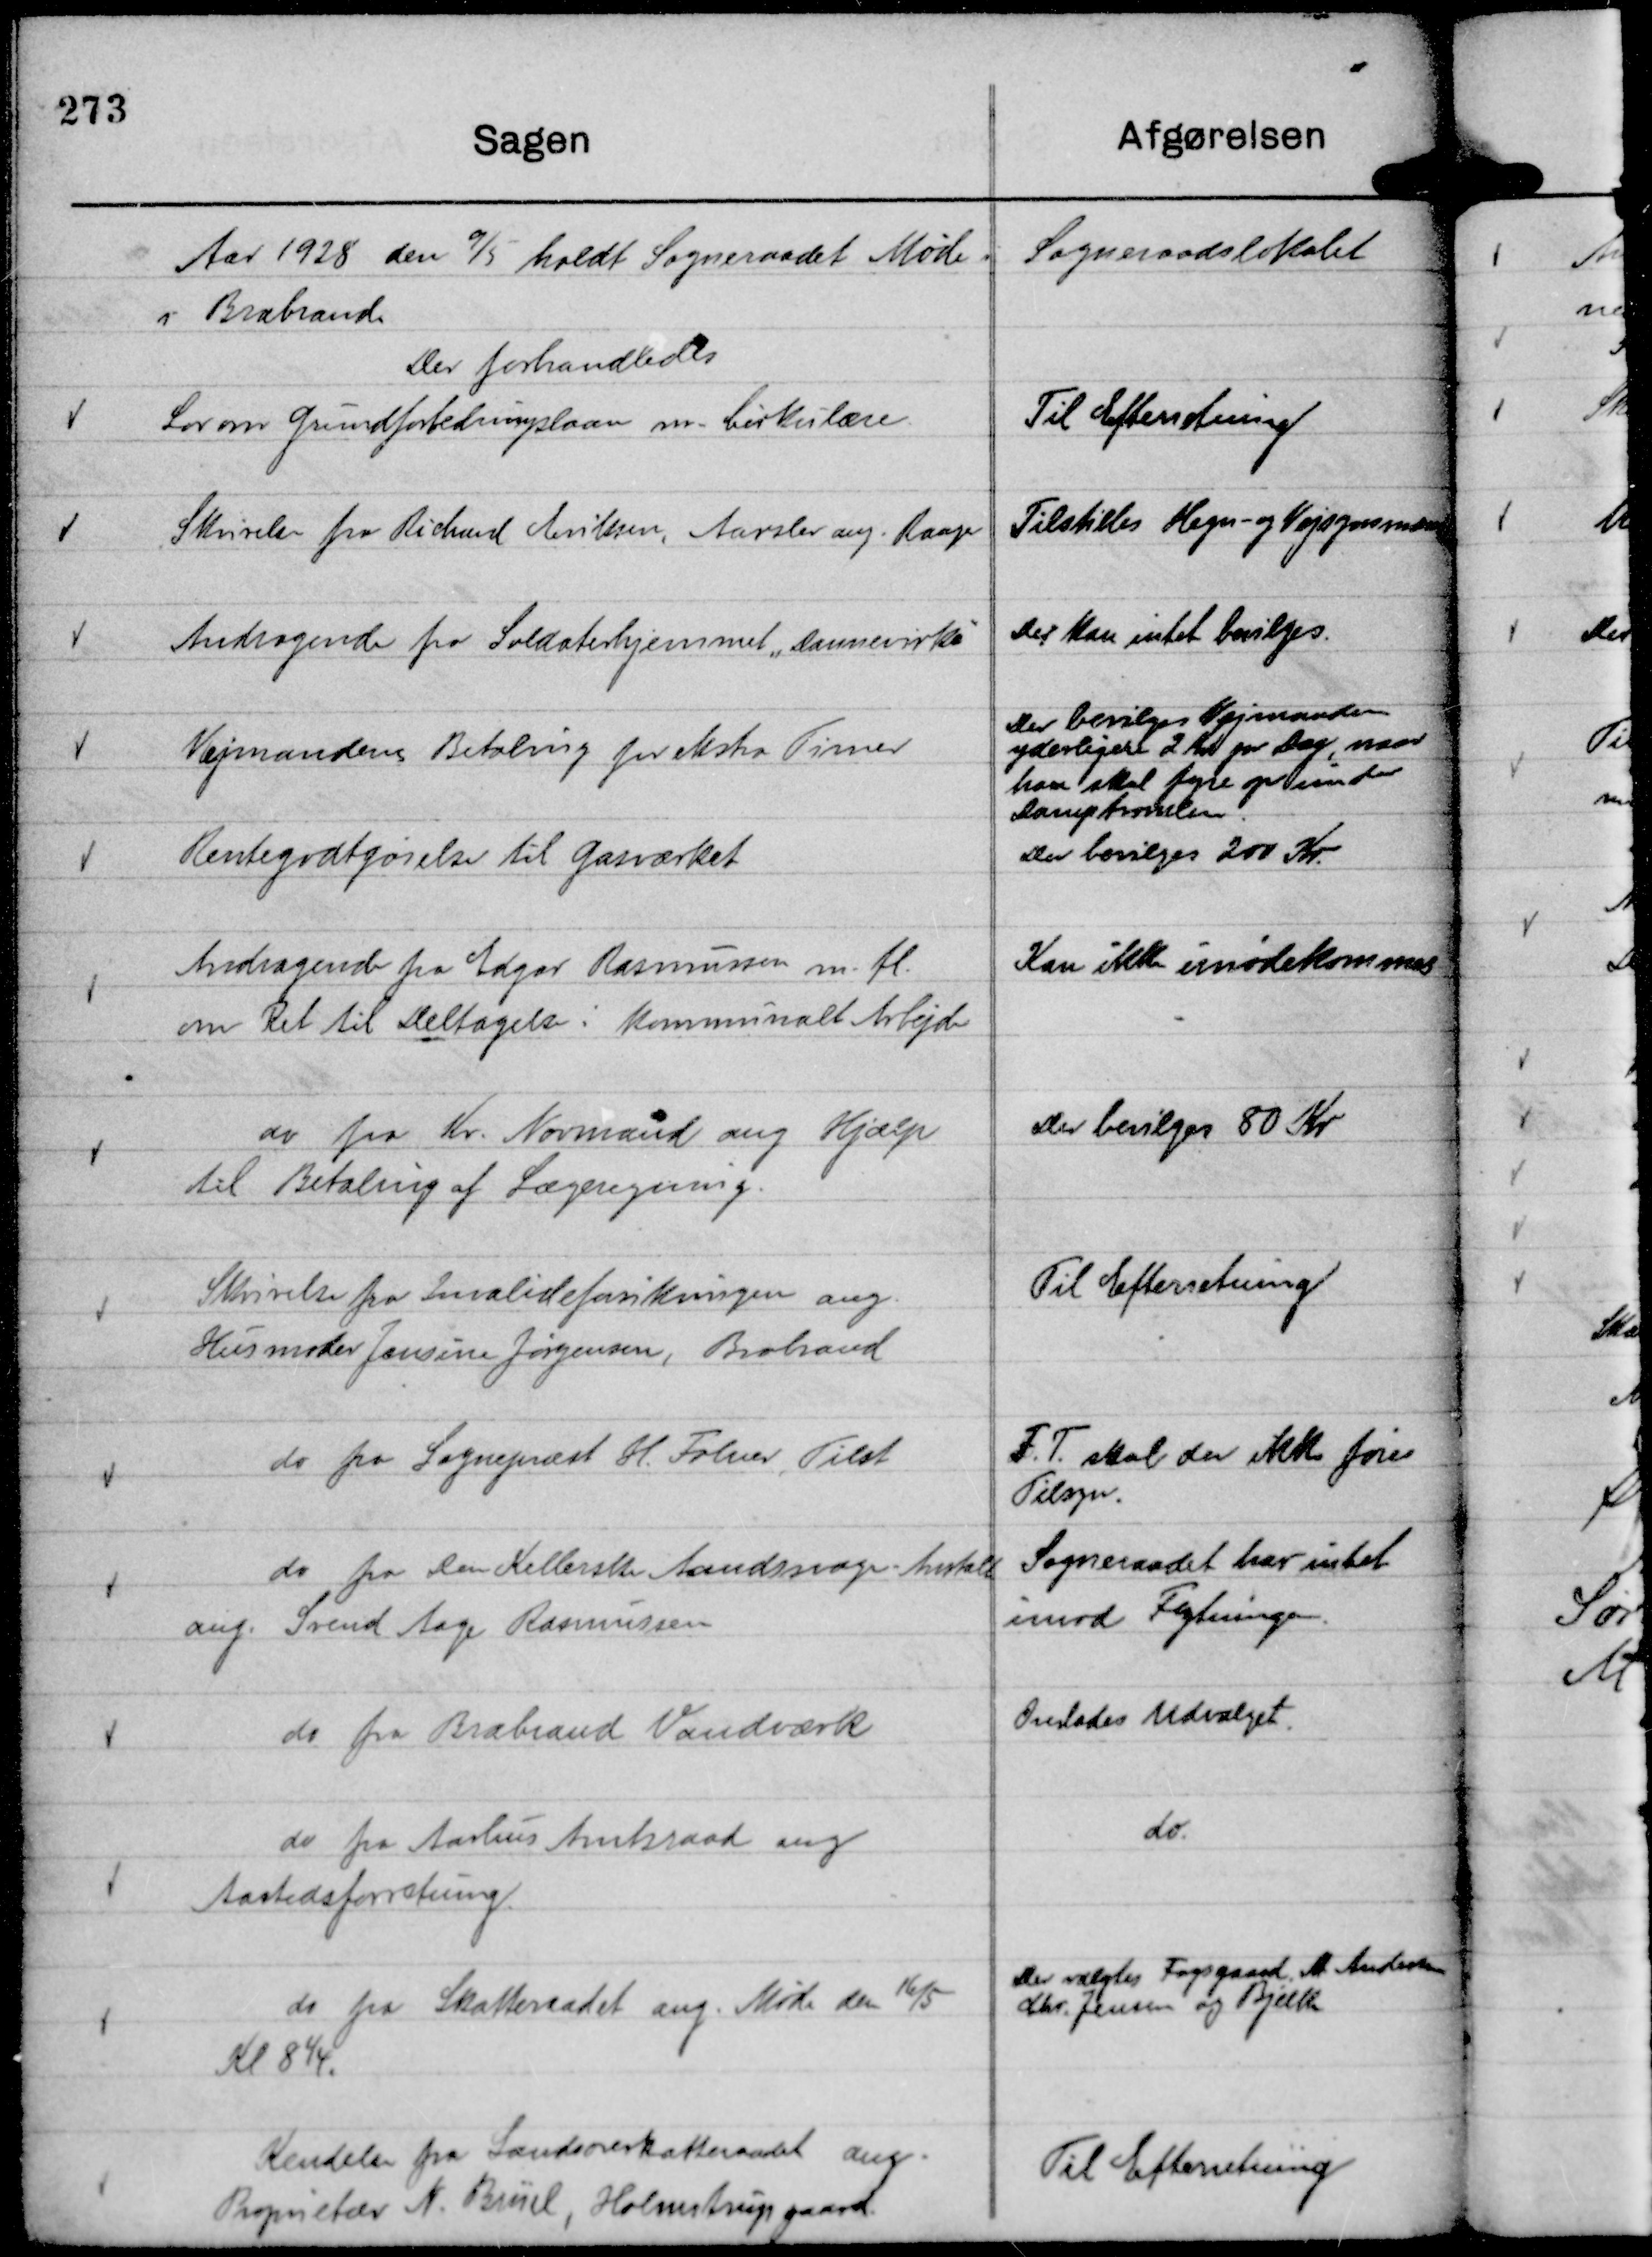
Transskription:
Aar 1928 den 9/5 holdt Sogneraadet Møde i Sogneraadslokalet
i Brabrand
Der forhandledes

Lov om Grundforbedringslaan m. Cirkulære.

Til Efterretning

Skrivelse fra Richard Eriksen, Aarslev ang. Raager

Tilstilles Hegn- og Vejsynsmanden

Andragende fra Soldaterhjemmet "Dannevirke"

Der kan intet bevilges.

Vejmandens Betaling for ekstra Timer

Der bevilges Vejmanden
yderligere 2 Kr pr Dag, naar
han skal fyre op under
Damptromlen.

Rentegodtgørelse til Gasværket

Der bevilges 200 Kr.

Andragende fra Edgar Rasmussen m. fl.
om Ret til Deltagelse i kommunalt Arbejde

Kan ikke imødekommes

do fra Kr. Normand ang Hjælp
til Betaling af Lægeregning.

Der bevilges 80 Kr

Skrivelse fra Invalideforsikringen ang.
Husmoder Jensine Jørgensen, Brabrand

Til Efterretning

do fra Sognepræst H. Folner , Tilst

F. T. skal der ikke føres
Tilsyn.

do fra Den Kellerske Aandssvage - Anstalt
ang. Svend Aage Rasmussen

Sogneraadet har intet
imod Flytningen.

do fra Brabrand Vandværk

Overlades Udvalget.

do fra Aarhus Amtsraad ang
Aastedsforretning.

do fra Skatteraadet ang. Møde den 16/5
Kl 8¼.

do.

Der valgtes Fogsgaard, M. Andersen
Chr. Jensen og Bjelke

Kendelse fra Landsoverskatteraadet ang.
Proprietær N. Brüel, Holmstrupgaard.

Til Efterretning